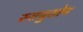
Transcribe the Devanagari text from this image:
स्नायुशोथ